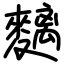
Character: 麶